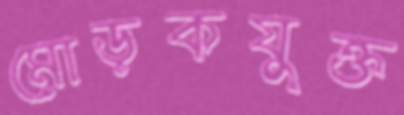
মোড়কযুক্ত